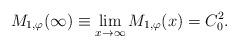
LaTeX: \begin{align*}M_{1,\varphi}(\infty)\equiv \lim\limits_{x \rightarrow \infty} M_{1,\varphi}(x) = {C_{0}^2.}\end{align*}